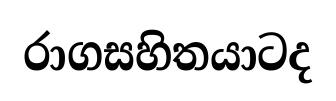
රාගසහිතයාටද